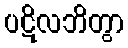
ပဋိလဘိတွာ